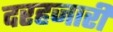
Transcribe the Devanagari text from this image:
दरहजारी